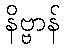
နိဗ္ဗာန်